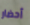
أحضار